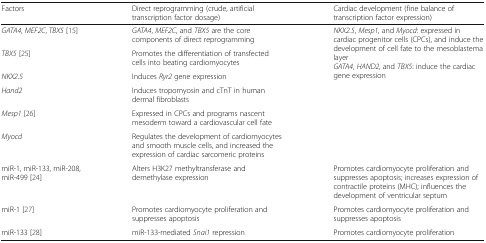
| Factors | Direct reprogramming (crude, artificial transcription factor dosage) | Cardiac development (fine balance of transcription factor expression) |
 | --- | --- | --- |
 | GATA4, MEF2C, TBX5 [15] | GATA4, MEF2C, and TBX5 are the core components of direct reprogramming | <ROWSPAN=6> NKX2.5, Mesp1, and Myocd: expressed in cardiac progenitor cells (CPCs), and induce the development of cell fate to the mesoblastema layerGATA4, HAND2, and TBX5: induce the cardiac gene expression |
 | TBX5 [25] | Promotes the differentiation of transfected cells into beating cardiomyocytes |
 | NKX2.5 | Induces Ryr2 gene expression |
 | Hand2 | Induces tropomyosin and cTnT in human dermal fibroblasts |
 | Mesp1 [26] | Expressed in CPCs and programs nascent mesoderm toward a cardiovascular cell fate |
 | Myocd | Regulates the development of cardiomyocytes and smooth muscle cells, and increased the expression of cardiac sarcomeric proteins |
 | miR-1, miR-133, miR-208, miR-499 [24] | Alters H3K27 methyltransferase and demethylase expression | Promotes cardiomyocyte proliferation and suppresses apoptosis; increases expression of contractile proteins (MHC); influences the development of ventricular septum |
 | miR-1 [27] | Promotes cardiomyocyte proliferation and suppresses apoptosis | Promotes cardiomyocyte proliferation and suppresses apoptosis |
 | miR-133 [28] | miR-133-mediated Snai1 repression | Promotes cardiomyocyte proliferation |